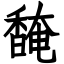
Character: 馣